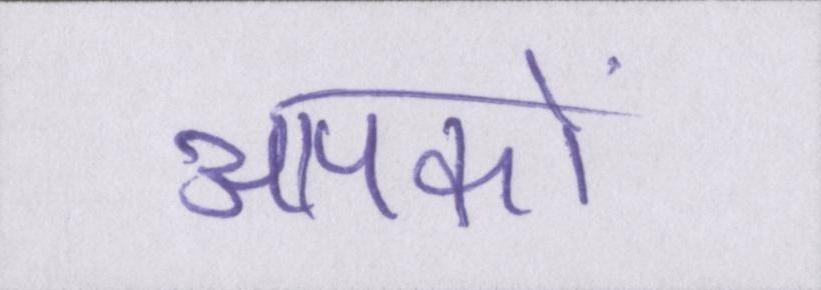
आपकों